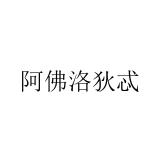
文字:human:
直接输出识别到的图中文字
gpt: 阿佛洛狄忒